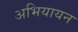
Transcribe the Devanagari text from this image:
अभियायन